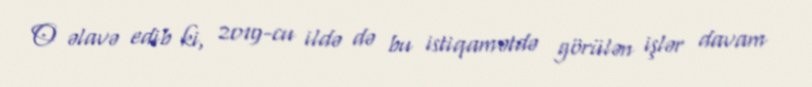
O əlavə edib ki, 2019-cu ildə də bu istiqamətdə görülən işlər davam